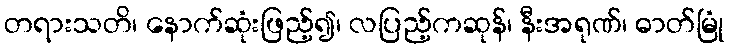
တရားသတိ၊ နောက်ဆုံးဖြည့်၍၊ လပြည့်ကဆုန်၊ နီးအရုဏ်၊ ဓာတ်မြုံ